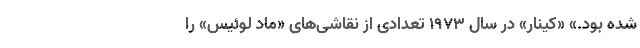
شده بود.»‌ «کینار» در سال ۱۹۷۳ تعدادی از نقاشی‌های «ماد لوئیس»‌ را